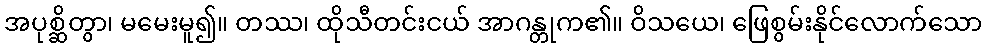
အပုစ္ဆိတွာ၊ မမေးမူ၍။ တဿ၊ ထိုသီတင်းငယ် အာဂန္တုက၏။ ဝိသယေ၊ ဖြေစွမ်းနိုင်လောက်သော